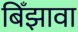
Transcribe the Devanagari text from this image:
बिँझावा